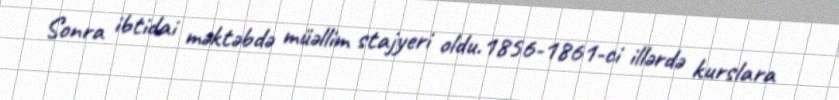
Sonra ibtidai məktəbdə müəllim stajyeri oldu.1856-1861-ci illərdə kurslara